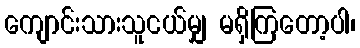
ကျောင်းသားသူငယ်မျှ မရှိကြတော့ပါ၊